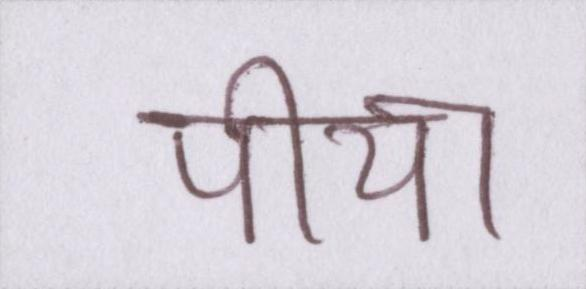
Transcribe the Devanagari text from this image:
पीया